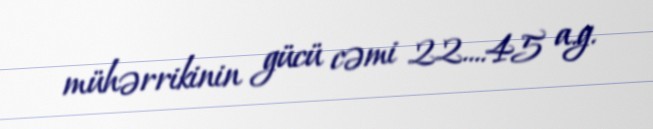
mühərrikinin gücü cəmi 22....45 a.g.